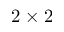
2 \times 2